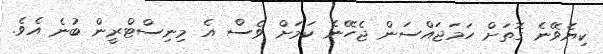
ކިޔެވޭނެ ގޮތަށް ހަމަޖައްސަން ޖެހޭނެ ކަމަށް ވެސް އެ މިނިސްޓްރީން ބުނެ އެވެ.